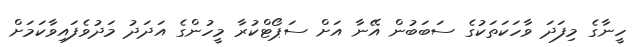
ހީނާގެ މިފަދަ ވާހަކަތަކުގެ ސަބަބުން އޭނާ އަށް ސަޕޯޓްކުރާ މީހުންގެ އަދަދު މަދުވެފައިވާކަމަށް